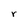
Character: r